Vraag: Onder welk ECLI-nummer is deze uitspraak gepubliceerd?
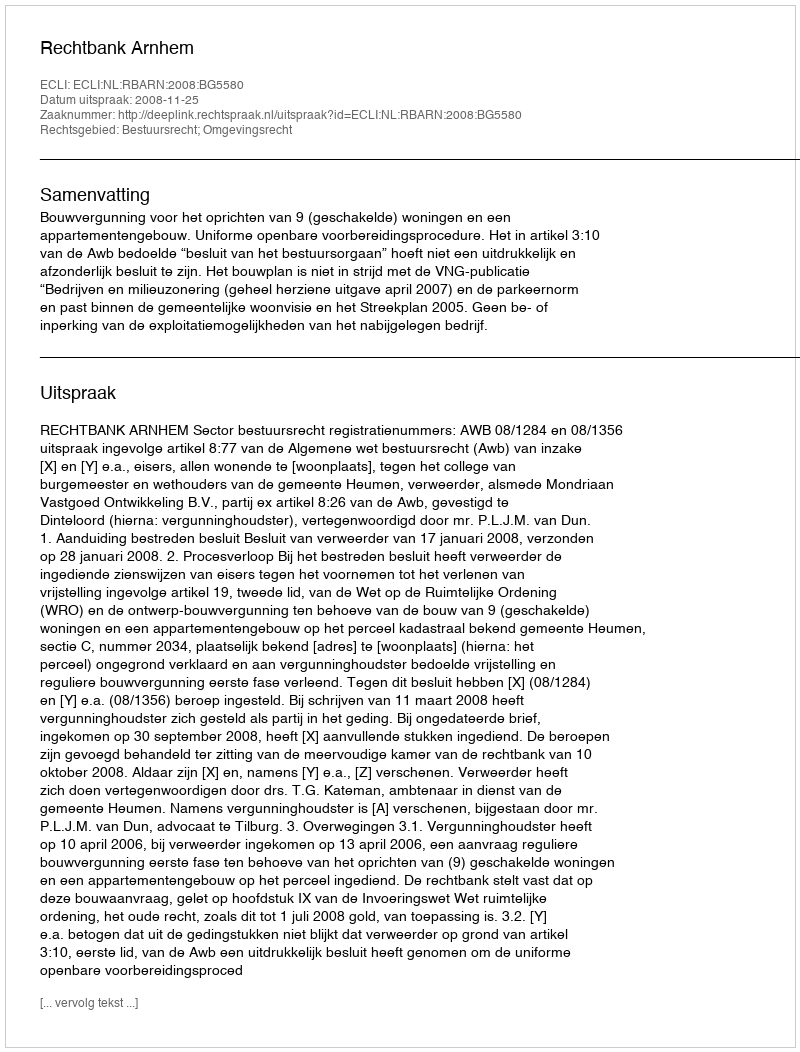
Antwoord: ECLI:NL:RBARN:2008:BG5580